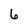
Character: 6